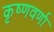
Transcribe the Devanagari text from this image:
कृष्णवर्णा